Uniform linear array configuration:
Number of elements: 8
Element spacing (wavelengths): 0.75
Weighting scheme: cosine
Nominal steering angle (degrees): -45
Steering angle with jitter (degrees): -45.676
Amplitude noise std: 0.05
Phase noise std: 0.05

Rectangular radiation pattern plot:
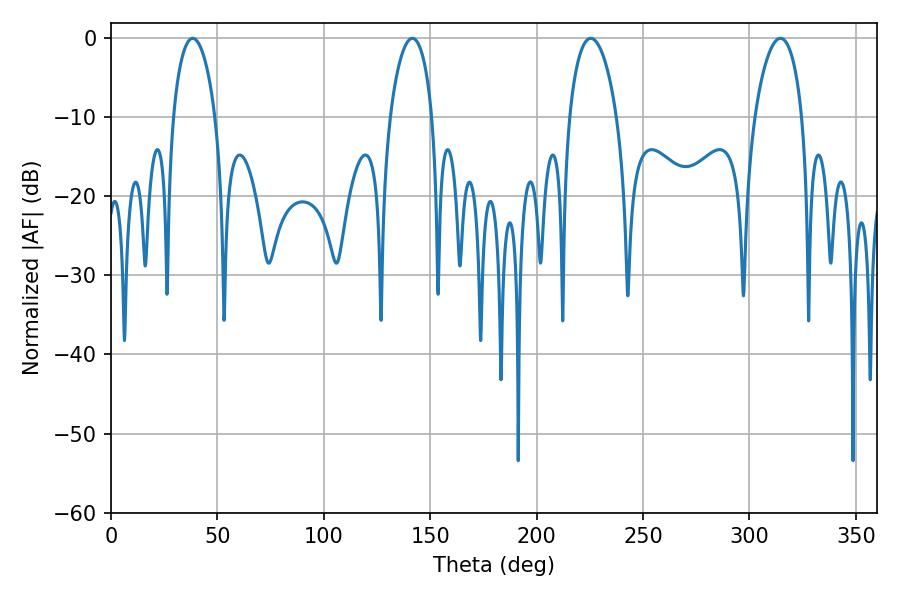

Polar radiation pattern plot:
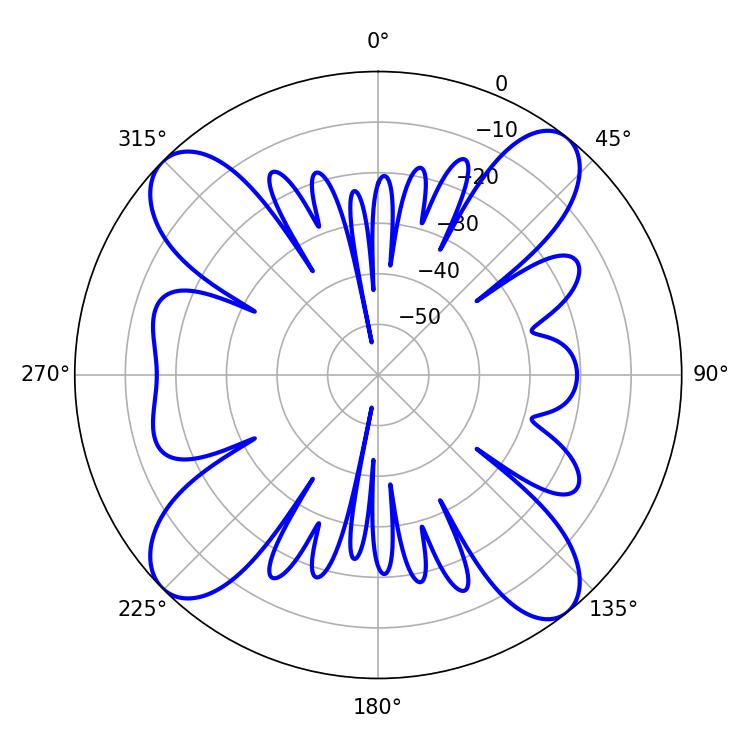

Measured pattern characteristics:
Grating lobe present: TRUE
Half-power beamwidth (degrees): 11.34
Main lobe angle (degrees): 38.34